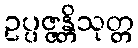
ဥပ္ပဇ္ဇန္တိသုတ္တ